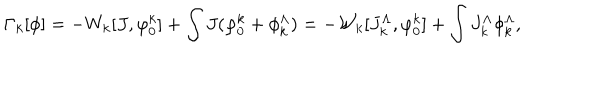
LaTeX: \Gamma _ { k } [ \phi ] = - W _ { k } [ J , \varphi _ { 0 } ^ { k } ] + \int J ( \varphi _ { 0 } ^ { k } + \phi _ { k } ^ { \Lambda } ) = - { \mathcal W } _ { k } [ J _ { k } ^ { \Lambda } , \varphi _ { 0 } ^ { k } ] + \int J _ { k } ^ { \Lambda } \phi _ { k } ^ { \Lambda } ,